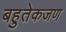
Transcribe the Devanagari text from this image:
बहुतेकजण